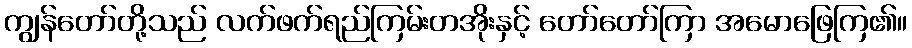
ကျွန်တော်တို့သည် လက်ဖက်ရည်ကြမ်းတအိုးနှင့် တော်တော်ကြာ အမောဖြေကြ၏။